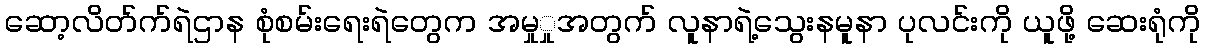
ဆော့လိတ်က်ရဲဌာန စုံစမ်းရေးရဲတွေက အမှုှုအတွက် လူနာရဲ့သွေးနမူနာ ပုလင်းကို ယူဖို့ ဆေးရုံကို